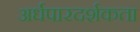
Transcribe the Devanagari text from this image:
अर्धपारदर्शकता